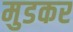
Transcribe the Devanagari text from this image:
मुडकर